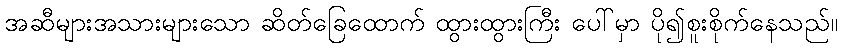
အဆီများအသားများသော ဆိတ်ခြေထောက် ထွားထွားကြီး ပေါ်မှာ ပို၍စူးစိုက်နေသည်။